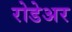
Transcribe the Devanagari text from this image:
रोडेअर